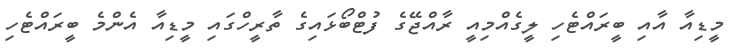
މީޑިއާ އާއި ބީރައްޓެހި ލީގެއްމިއީ ރާއްޖޭގެ ފުޓްބޯޅައިގެ ތާރީހްގައި މީޑިއާ އެންމެ ބީރައްޓެހި